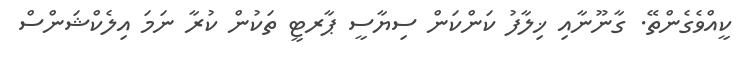
ކީއްވެގެންތޭ. ގާނޫނާއި ޚިލާފު ކަންކަން ސިޔާސީ ޕާރޓީ ތަކުން ކުރާ ނަމަ އިލެކްޝަންސް